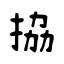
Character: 拹